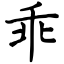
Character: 乖